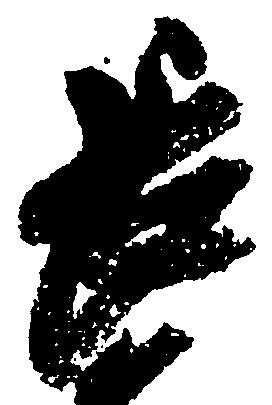
長